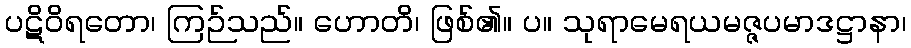
ပဋိဝိရတော၊ ကြဉ်သည်။ ဟောတိ၊ ဖြစ်၏။ ပ။ သုရာမေရယမဇ္ဇပမာဒဋ္ဌာနာ၊